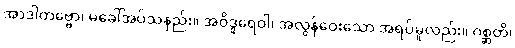
အာဒါတဗ္ဗော၊ မခေါ်အပ်သနည်း။ အဝိဒူရေဝါ၊ အလွန်ဝေးသော အရပ်မူလည်း။ ဂစ္ဆတိ၊